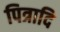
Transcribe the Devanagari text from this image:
पित्रादि